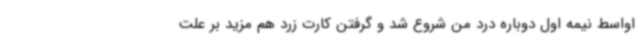
اواسط نیمه اول دوباره درد من شروع شد و گرفتن کارت زرد هم مزید بر علت